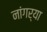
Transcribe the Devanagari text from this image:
नांगर्‍या